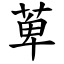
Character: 萆